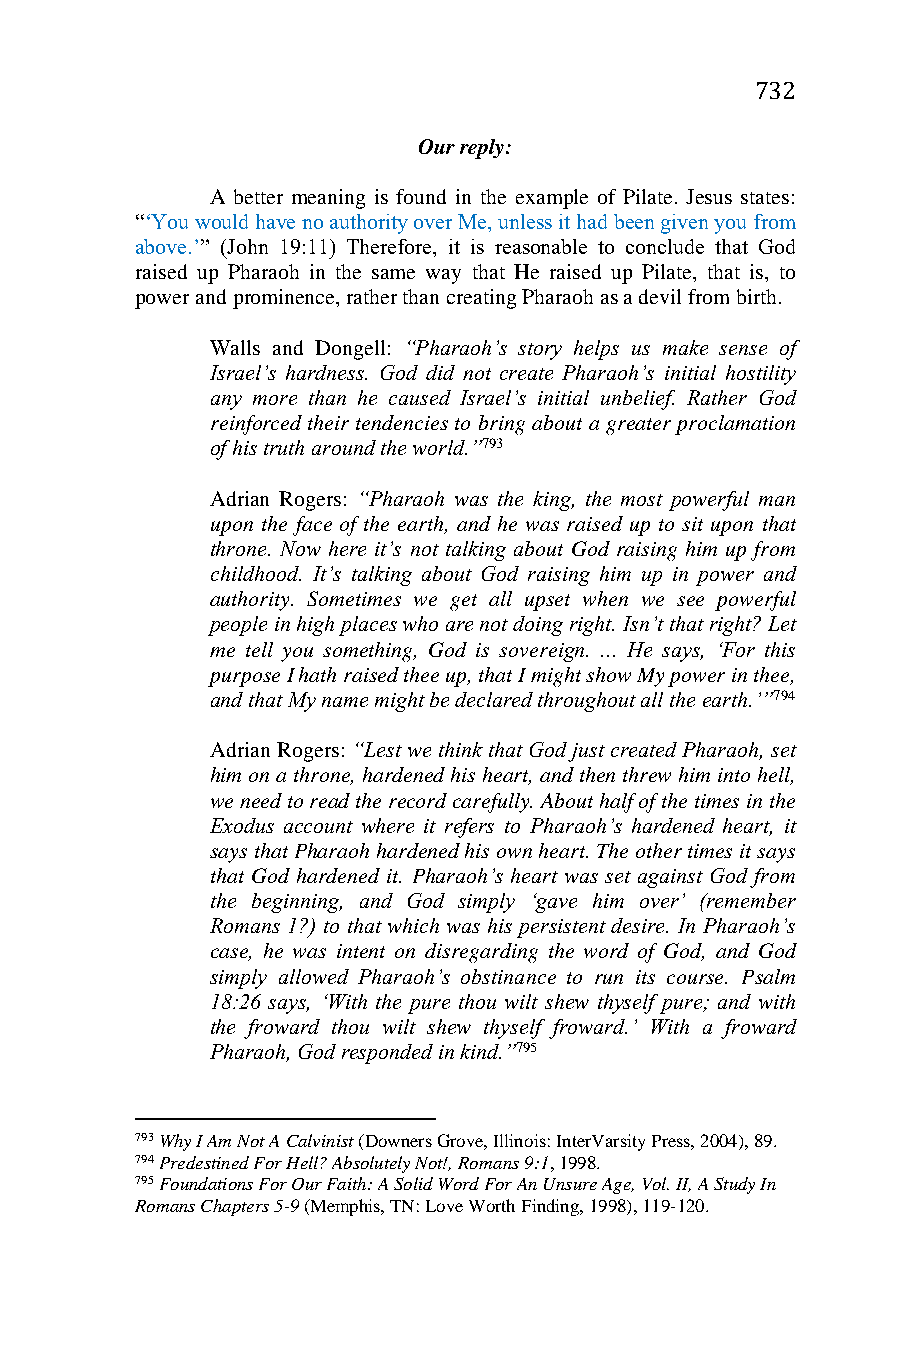
732
 Our reply:
 A better meaning is found in the example of Pilate. Jesus states:
 “‘You would have no authority over Me, unless it had been given you from
 above.’” (John 19:11) Therefore, it is reasonable to conclude that God
 raised up Pharaoh in the same way that He raised up Pilate, that is, to
 power and prominence, rather than creating Pharaoh as a devil from birth.
 Walls and Dongell: “Pharaoh’s story helps us make sense of
 Israel’s hardness. God did not create Pharaoh’s initial hostility
 any more than he caused Israel’s initial unbelief. Rather God
 reinforced their tendencies to bring about a greater proclamation
 of his truth around the world.”793
 Adrian Rogers: “Pharaoh was the king, the most powerful man
 upon the face of the earth, and he was raised up to sit upon that
 throne. Now here it’s not talking about God raising him up from
 childhood. It’s talking about God raising him up in power and
 authority. Sometimes we get all upset when we see powerful
 people in high places who are not doing right. Isn’t that right? Let
 me tell you something, God is sovereign. ... He says, ‘For this
 purpose I hath raised thee up, that I might show My power in thee,
 and that My name might be declared throughout all the earth.’”794
 Adrian Rogers: “Lest we think that God just created Pharaoh, set
 him on a throne, hardened his heart, and then threw him into hell,
 we need to read the record carefully. About half of the times in the
 Exodus account where it refers to Pharaoh’s hardened heart, it
 says that Pharaoh hardened his own heart. The other times it says
 that God hardened it. Pharaoh’s heart was set against God from
 the beginning, and God simply ‘gave him over’ (remember
 Romans 1?) to that which was his persistent desire. In Pharaoh’s
 case, he was intent on disregarding the word of God, and God
 simply allowed Pharaoh’s obstinance to run its course. Psalm
 18:26 says, ‘With the pure thou wilt shew thyself pure; and with
 the froward thou wilt shew thyself froward.’ With a froward
 Pharaoh, God responded in kind.”795
 793 Why I Am Not A Calvinist (Downers Grove, Illinois: InterVarsity Press, 2004), 89.
 794 Predestined For Hell? Absolutely Not!, Romans 9:1, 1998.
 795 Foundations For Our Faith: A Solid Word For An Unsure Age, Vol. II, A Study In
 Romans Chapters 5-9 (Memphis, TN: Love Worth Finding, 1998), 119-120.